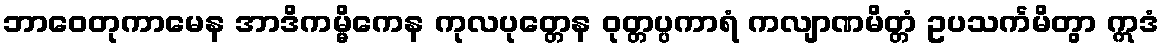
ဘာဝေတုကာမေန အာဒိကမ္မိကေန ကုလပုတ္တေန ဝုတ္တပ္ပကာရံ ကလျာဏမိတ္တံ ဥပသင်္ကမိတွာ ဣဒံ